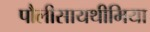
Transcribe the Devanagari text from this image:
पौलीसायथीमिया